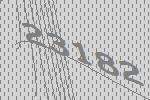
23182